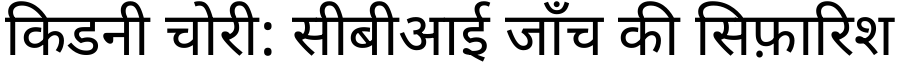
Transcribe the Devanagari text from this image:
किडनी चोरी: सीबीआई जाँच की सिफ़ारिश